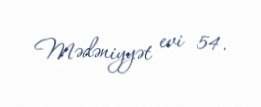
Mədəniyyət evi 54.